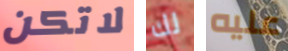
لاتكن لك عليه